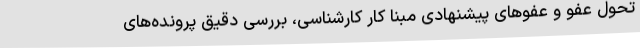
تحول عفو و عفوهای پیشنهادی مبنا کار کارشناسی، بررسی دقیق پرونده‌های